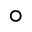
\circ